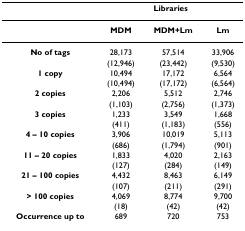
<table><thead><tr><td></td><td colspan="3"><b>Libraries</b></td></tr></thead><tbody><tr><td></td><td><b>MDM</b></td><td><b>MDM+Lm</b></td><td><b>Lm</b></td></tr><tr><td><b>No of tags</b></td><td>28,173</td><td>57,514</td><td>33,906</td></tr><tr><td></td><td>(12,946)</td><td>(23,442)</td><td>(9,530)</td></tr><tr><td><b>1 copy</b></td><td>10,494</td><td>17,172</td><td>6,564</td></tr><tr><td></td><td>(10,494)</td><td>(17,172)</td><td>(6,564)</td></tr><tr><td><b>2 copies</b></td><td>2,206</td><td>5,512</td><td>2,746</td></tr><tr><td></td><td>(1,103)</td><td>(2,756)</td><td>(1,373)</td></tr><tr><td><b>3 copies</b></td><td>1,233</td><td>3,549</td><td>1,668</td></tr><tr><td></td><td>(411)</td><td>(1,183)</td><td>(556)</td></tr><tr><td><b>4 – 10 copies</b></td><td>3,906</td><td>10,019</td><td>5,113</td></tr><tr><td></td><td>(686)</td><td>(1,794)</td><td>(901)</td></tr><tr><td><b>11 – 20 copies</b></td><td>1,833</td><td>4,020</td><td>2,163</td></tr><tr><td></td><td>(127)</td><td>(284)</td><td>(149)</td></tr><tr><td><b>21 – 100 copies</b></td><td>4,432</td><td>8,463</td><td>6,149</td></tr><tr><td></td><td>(107)</td><td>(211)</td><td>(291)</td></tr><tr><td><b>&gt; 100 copies</b></td><td>4,069</td><td>8,774</td><td>9,700</td></tr><tr><td></td><td>(18)</td><td>(42)</td><td>(42)</td></tr><tr><td><b>Occurrence up to</b></td><td>689</td><td>720</td><td>753</td></tr></tbody></table>